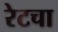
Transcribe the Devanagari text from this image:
रेटचा